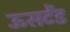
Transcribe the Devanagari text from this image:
ऊसटेंड